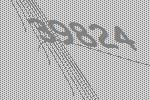
39824